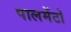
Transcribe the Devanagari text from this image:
पालमेंटो